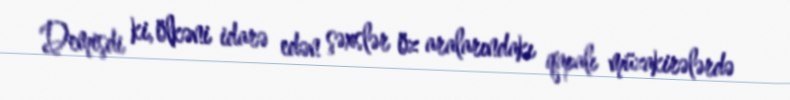
Demişdi ki, ölkəni idarə edən şəxslər öz aralarındakı qapalı müzakirələrdə